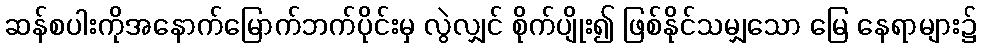
ဆန်စပါးကိုအနောက်မြောက်ဘက်ပိုင်းမှ လွဲလျှင် စိုက်ပျိုး၍ ဖြစ်နိုင်သမျှသော မြေ နေရာများ၌